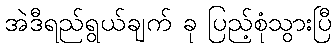
အဲဒီရည်ရွယ်ချက် ခု ပြည့်စုံသွားပြီ